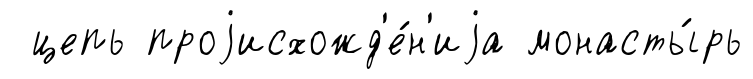
цепь проjисхожд'е́н'иjа монасты́рь